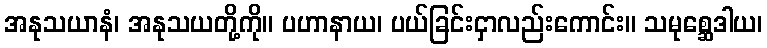
အနုသယာနံ၊ အနုသယတို့ကို။ ပဟာနာယ၊ ပယ်ခြင်းငှာလည်းကောင်း။ သမုစ္ဆေဒါယ၊